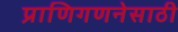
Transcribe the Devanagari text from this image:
प्राणिगणनेसाठी